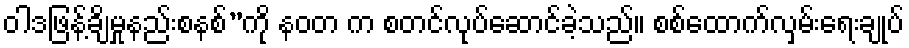
ဝါဒဖြန့်ချိမှုနည်းစနစ်”ကို နဝတ က စတင်လုပ်ဆောင်ခဲ့သည်။ စစ်ထောက်လှမ်းရေးချုပ်